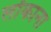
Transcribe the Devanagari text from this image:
लोंकाना